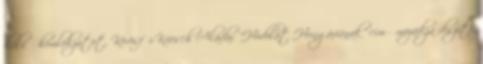
külső homlokzatot, Körösfői-Kriesch Aladár "Hódolat Hungáriának" című mozaikja díszíti.